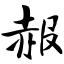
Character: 赧